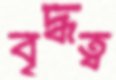
বৃদ্ধত্ব